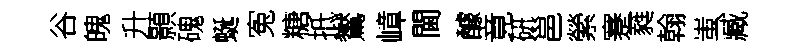
谷魄升顥磈蜒寃糖抵鸑嶂閫醵竟硏邕縈蹇蕤翰蚩臧